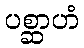
ပစ္ဆာဟံ